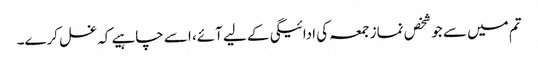
تم میں سے جو شخص نماز جمعہ کی ادائیگی کے لیے آئے، اسے چاہیے کہ غسل کرے۔